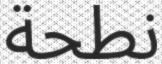
نطحة